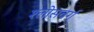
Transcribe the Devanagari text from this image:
श्लोसबर्ग